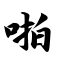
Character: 啪